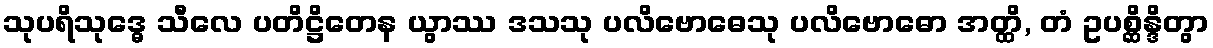
သုပရိသုဒ္ဓေ သီလေ ပတိဋ္ဌိတေန ယွာဿ ဒသသု ပလိဗောဓေသု ပလိဗောဓော အတ္ထိ, တံ ဥပစ္ဆိန္ဒိတွာ